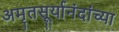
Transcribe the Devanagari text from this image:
अमृतसूर्यानंदांच्या